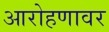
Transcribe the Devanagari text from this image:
आरोहणावर